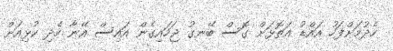
ހެދުމަށްފަހު އައްޑު އަތޮޅަށް ގޮސް ބޭނގު ޖަހައިގެން އައިސް އޭނާ ހެދި ކުޅިއަށް